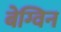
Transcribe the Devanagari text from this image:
बेग्विन